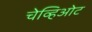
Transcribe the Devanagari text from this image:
चेव्हिओट